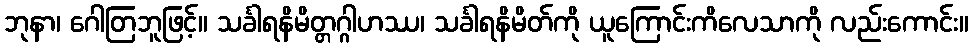
ဘုနာ၊ ဂေါတြဘူဖြင့်။ သင်္ခါရနိမိတ္တဂ္ဂါဟဿ၊ သင်္ခါရနိမိတ်ကို ယူကြောင်းကိလေသာကို လည်းကောင်း။